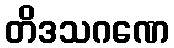
တိဒသဂဏေ